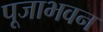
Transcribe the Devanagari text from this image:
पूजाभवन